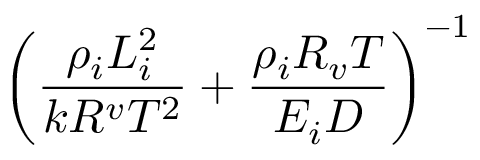
\left( \frac { \rho _ { i } L _ { i } ^ { 2 } } { k R ^ { v } T ^ { 2 } } + \frac { \rho _ { i } R _ { v } T } { E _ { i } D } \right) ^ { - 1 }